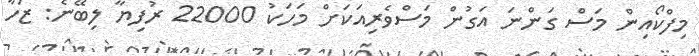
މިފްކޯއިން މަސް ގަންނަ އަގުން މަސްވެރިއަކަށް މަހަކު 22000 ރުފިޔާ ލިބޭނެ: ޒަހާ